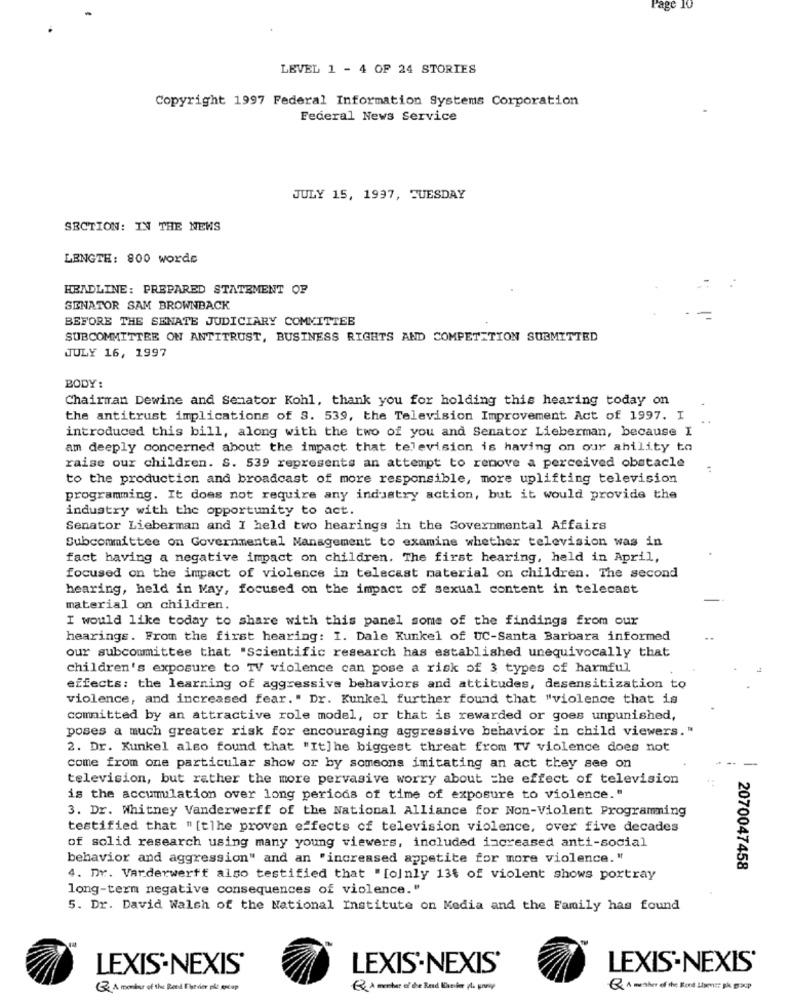
Page 10
LEVEL 1 - 4 OF 24 STORIES
Copyright 1997 Federal Information Systems Corporation
Federal News Service
JULY 15, 1997, TUESDAY
SECTION: IN THE NEWS
LENGTH: 800 words
HEADLINE: PREPARED STATEMENT OF
SENATOR SAM BROWNBACK
BEFORE THE SENATE JUDICIARY COMMITTEE
SUBCOMMITTEE ON ANTITRUST, BUSINESS RIGHTS AND COMPETITION SUBMITTED
JULY 16, 1997
BODY:
Chairman Dewine and Senator Kohl, thank you for holding this hearing today on
the antitrust implications of S. 539, the Television Improvement Act of 1997. I
introduced this bill, along with the two of you and Senator Lieberman, because I
am deeply concerned about the impact that television is having on our ability to
raise our children. S. 539 represents an attempt to renove a perceived obstacle
to the production and broadcast of more responsible, more uplifting television
programming. It does not require any industry action, but it would provide the
industry with the opportunity to act.
Senator Lieberman and I held two hearings in the Governmental Affairs
Subcommittee on Governmental Management to examine whether television was in
fact having a negative impact on children. The first hearing, held in April,
focused on the impact of violence in telecast material on children. The second
hearing, held in May, focused on the impact of sexual content in telecast
material on children.
I would like today to share with this panel some of the findings from our
hearings. From the first hearing: I. Dale Kunkel of UC-Santa Barbara informed
our subcommittee that "Scientific research has established unequivocally that
children's exposure to TV violence can pose a risk of 3 types of harmful
effects: the learning of aggressive behaviors and attitudes, desensitization to
violence, and increased fear." Dr. Kunkel further found that "violence that is
comnitted by an attractive role model, or that is rewarded or goes unpunished,
poses a much greater risk for encouraging aggressive behavior in child viewers."
2. Dr. Kunkel also found that "It]he biggest threat from TV violence does not
come from one particular show or by someons imitating an act they see on
television, but rather the more pervasive worry about =he effect of television
is the accumulation over long periods of time of exposure to violence. "
3. Dr. Whitney Vanderwerff of the National Alliance for Non-Violent Programming
testified that " [tlhe proven effects of television violence, over five decades
of solid research using many young viewers, included increased anti-social
behavior and aggression" and an "increased appetite for more violence. "
2070047458
4. Dr. Varderwerff also testified that "[only 13t of violent shows portray
long-term negative consequences of violence."
5. Dr. David Walsh of the National Institute on Media and the Family has found
LEXIS-NEXIS'
LEXIS NEXIS'
LEXIS-NEXIS'
E A member of the Reed Elsevier på porcup
Q A member of the Rond Llamar gk group